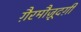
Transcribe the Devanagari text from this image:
ग़ैरमौज़ूदग़ी